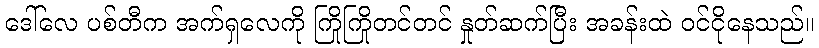
ဒေါ်လေ ပစ်တီက အက်ရှလေကို ကြိုကြိုတင်တင် နှုတ်ဆက်ပြီး အခန်းထဲ ဝင်ငိုနေသည်။